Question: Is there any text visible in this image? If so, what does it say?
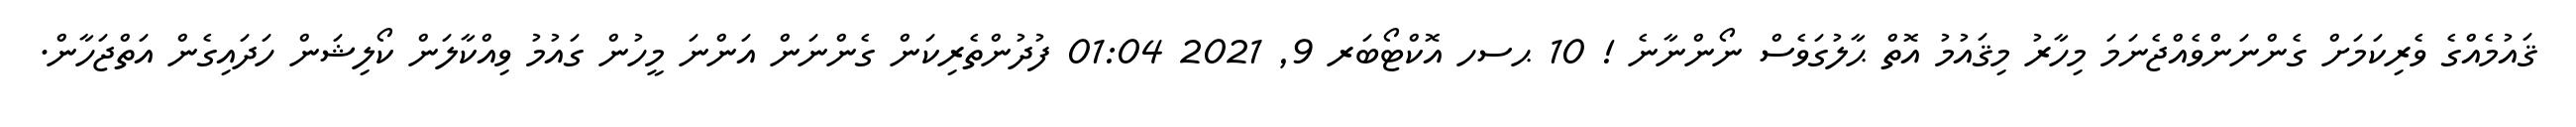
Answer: ޤައުމެއްގެ ވެރިކަމަށް ގެންނަންވެއްޖެނަމަ މިހާރު މިޤައުމު އޮތް ޙާލުގަވެސް ނޯންނާނެ ! 10 ޙސހ އޮކްޓޯބަރ 9, 2021 01:04 ފުދުންތެރިކަން ގެންނަން އަންނަ މީހުން ގައުމު ވިއްކާލަން ކޯލިޝަން ހަދައިގެން އަތްޖަހާން.